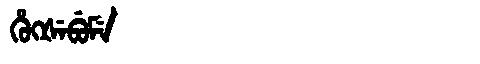
Manchu: ᡥᡠᡴᡧᡝᠪᡠᠮᡝ
Romanization: HUKŠEBUME